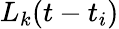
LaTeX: L_{k}(t-t_{i})